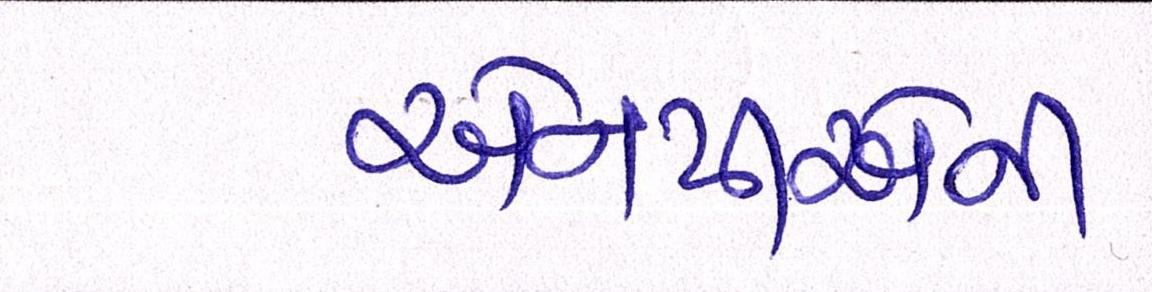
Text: એનપીએની